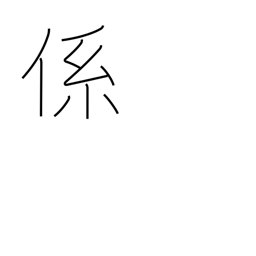
Meaning: connection